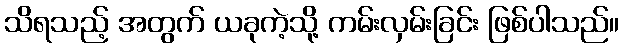
သိရသည့် အတွက် ယခုကဲ့သို့ ကမ်းလှမ်းခြင်း ဖြစ်ပါသည်။